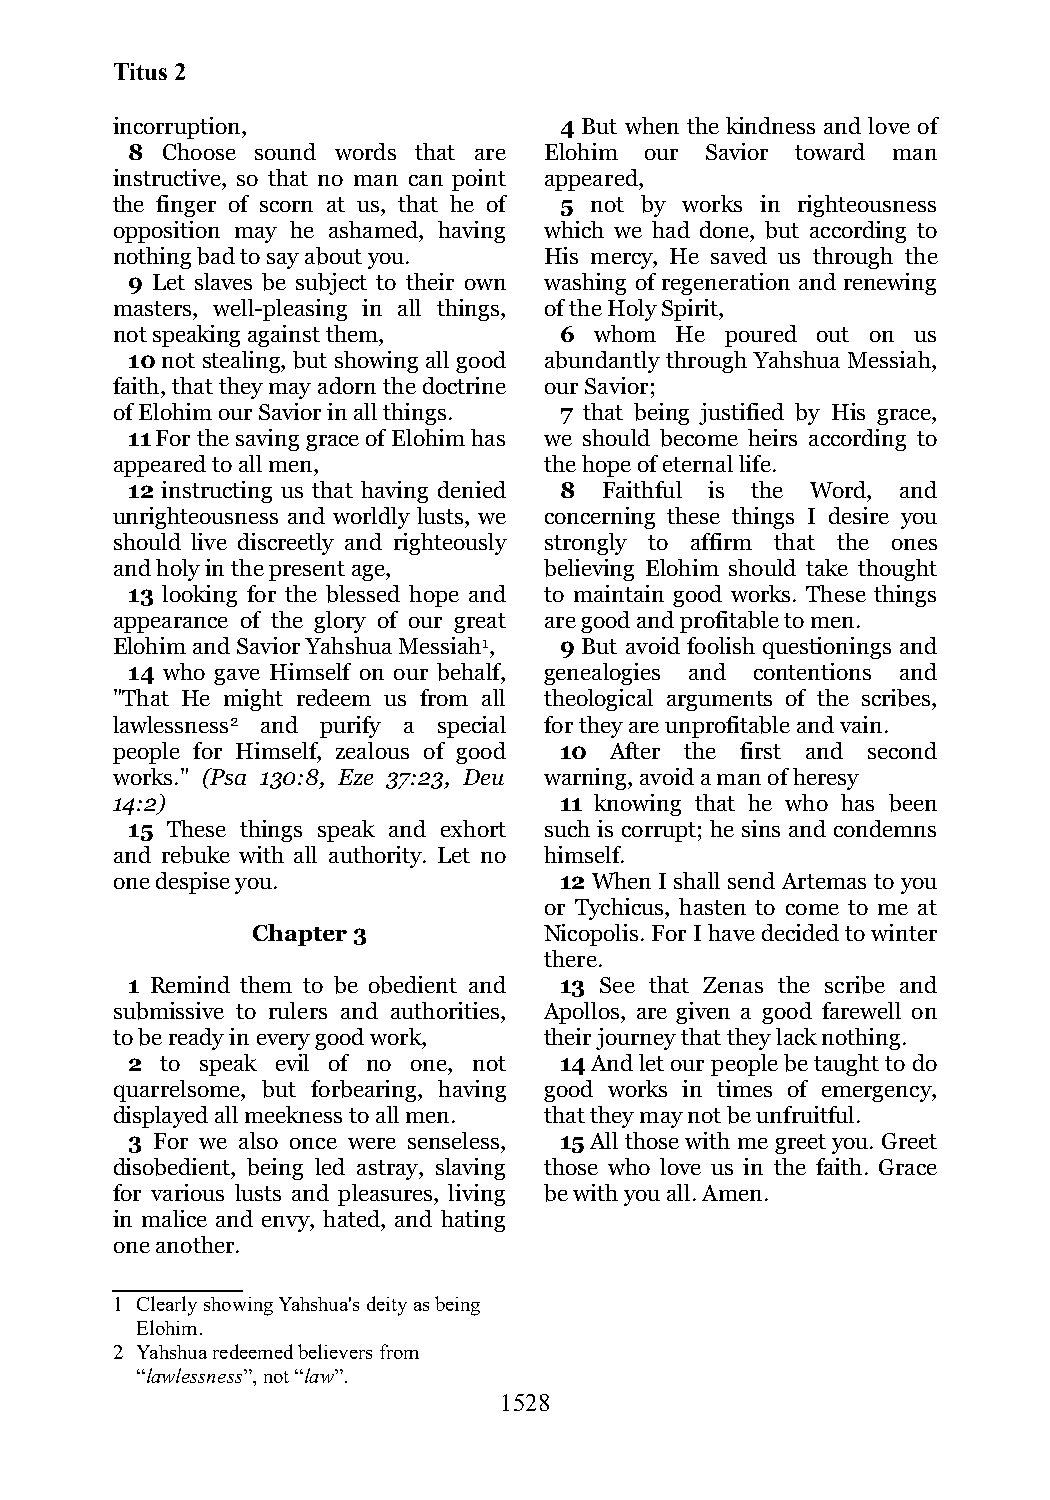
Titus 2
 incorruption,                 4 But when the kindness and love of
 8  Choose sound words that are Elohim our Savior toward man
 instructive, so that no man can point appeared,
 the finger of scorn at us, that he of 5 not by works in righteousness
 opposition may he ashamed, having which we had done, but according to
 nothing bad to say about you. His mercy, He saved us through the
 9 Let slaves be subject to their own washing of regeneration and renewing
 masters, well-pleasing in all things, of the Holy Spirit,
 not speaking against them,    6 whom  He poured out on us
 10 not stealing, but showing all good abundantly through Yahshua Messiah,
 faith, that they may adorn the doctrine our Savior;
 of Elohim our Savior in all things. 7 that being justified by His grace,
 11 For the saving grace of Elohim has we should become heirs according to
 appeared to all men,         the hope of eternal life.
 12 instructing us that having denied 8 Faithful is the Word, and
 unrighteousness and worldly lusts, we concerning these things I desire you
 should live discreetly and righteously strongly to affirm that the ones
 and holy in the present age, believing Elohim should take thought
 13 looking for the blessed hope and to maintain good works. These things
 appearance of the glory of our great are good and profitable to men.
 Elohim and Savior Yahshua Messiah1, 9 But avoid foolish questionings and
 14 who gave Himself on our behalf, genealogies and contentions and
 "That He might redeem us from all theological arguments of the scribes,
 lawlessness2 and purify a special for they are unprofitable and vain.
 people for Himself, zealous of good 10 After the first and second
 works." (Psa 130:8, Eze 37:23, Deu warning, avoid a man of heresy
 14:2)                         11 knowing that he who has been
 15 These things speak and exhort such is corrupt; he sins and condemns
 and rebuke with all authority. Let no himself.
 one despise you.              12 When I shall send Artemas to you
 or Tychicus, hasten to come to me at
 Chapter 3          Nicopolis. For I have decided to winter
 there.
 1 Remind them to be obedient and 13 See that Zenas the scribe and
 submissive to rulers and authorities, Apollos, are given a good farewell on
 to be ready in every good work, their journey that they lack nothing.
 2  to speak evil of no one, not 14 And let our people be taught to do
 quarrelsome, but forbearing, having good works in times of emergency,
 displayed all meekness to all men. that they may not be unfruitful.
 3 For we also once were senseless, 15 All those with me greet you. Greet
 disobedient, being led astray, slaving those who love us in the faith. Grace
 for various lusts and pleasures, living be with you all. Amen.
 in malice and envy, hated, and hating
 one another.
 1 Clearly showing Yahshua's deity as being
 Elohim.
 2 Yahshua redeemed believers from
 “lawlessness”, not “law”.
 1528